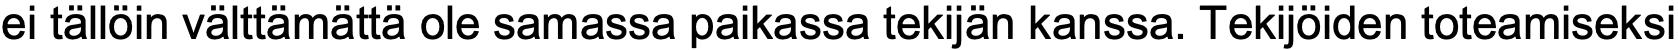
ei tällöin välttämättä ole samassa paikassa tekijän kanssa. Tekijöiden toteamiseksi